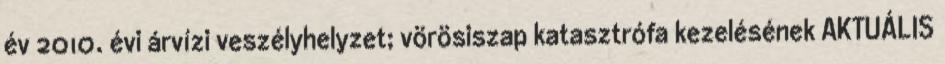
év 2010. évi árvízi veszélyhelyzet; vörösiszap katasztrófa kezelésének AKTUÁLIS